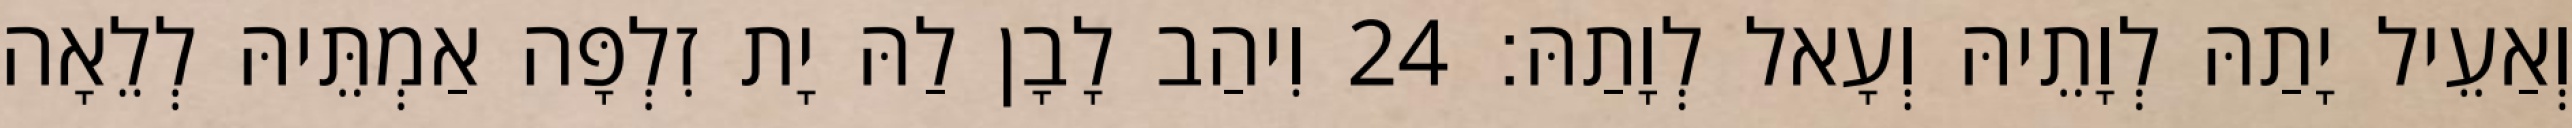
וְאַעֵיל יָתַהּ לְוָתֵיהּ וְעָאל לְוָתַהּ׃ 24 וִיהַב לָבָן לַהּ יָת זִלְפָּה אַמְתֵּיהּ לְלֵאָה